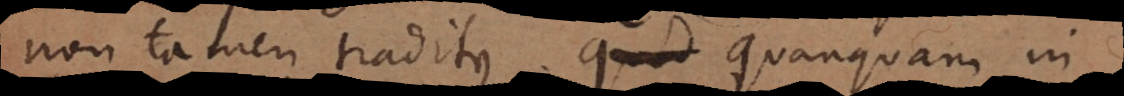
non tamen traditus. Quanquam in